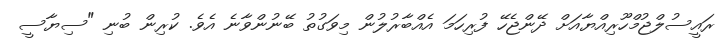
ރައީސުލްޖުމްހޫރިއްޔާއަށް ދޭންޖެހޭ ފުރިހަމަ އެއްބާރުލުން މިވަގުތު ބޭނުންވާނެ އެވެ. ކުރިން ބުނި "ސިޔާސީ